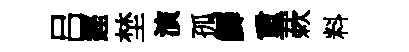
吕鏗埜演孤鯽重蔌料